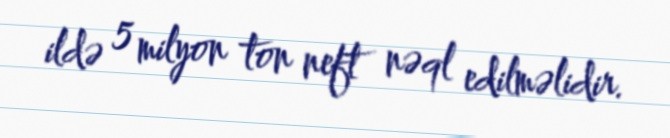
ildə 5 milyon ton neft nəql edilməlidir.